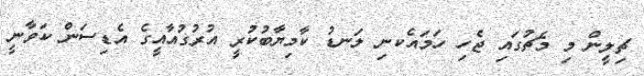
ޗިލީން މި މެޗުގައި ޖެހި ހަމައެކނި ލަނޑު ކާމިޔާބުކުރީ އުރުގުއާއީގެ އެޑިސަން ކަވާނީ